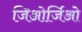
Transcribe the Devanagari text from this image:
जिओर्जिओ